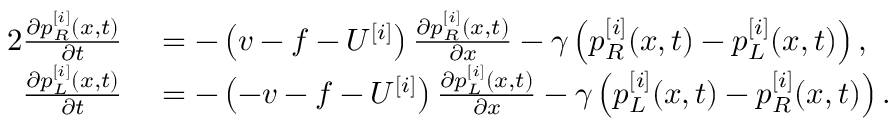
\begin{array} { r l } { { 2 } \frac { \partial p _ { R } ^ { [ i ] } ( x , t ) } { \partial t } } & { { } = - \left( v - f - U ^ { [ i ] } \right) \frac { \partial p _ { R } ^ { [ i ] } ( x , t ) } { \partial x } - \gamma \left( p _ { R } ^ { [ i ] } ( x , t ) - p _ { L } ^ { [ i ] } ( x , t ) \right) , } \\ { \frac { \partial p _ { L } ^ { [ i ] } ( x , t ) } { \partial t } } & { { } = - \left( - v - f - U ^ { [ i ] } \right) \frac { \partial p _ { L } ^ { [ i ] } ( x , t ) } { \partial x } - \gamma \left( p _ { L } ^ { [ i ] } ( x , t ) - p _ { R } ^ { [ i ] } ( x , t ) \right) . } \end{array}